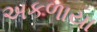
અકળાયા